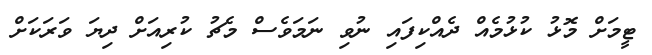
ޓީމަށް މޮޅު ކުޅުމެއް ދެއްކިފައި ނުވި ނަމަވެސް މެޗު ކުރިއަށް ދިޔަ ވަރަކަށް